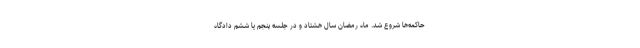
حاکمه‌ها شروع شد. ماه رمضان سال هشتاد و در جلسه پنجم یا ششم دادگاه